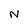
Character: N